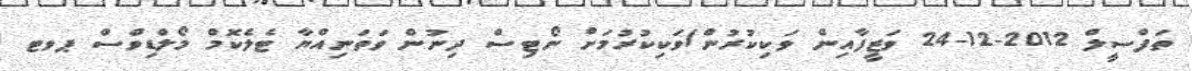
ތަފްސީލް 2012-12-24 ވަޒީފާއިން ވަކިކުރުން/ވަކިކުރުމަށް ނޯޓިސް ދިނުން ވަތަނިއްޔާ ޓެލެކޮމް މޯލްޑިވްސް ޕވޓ